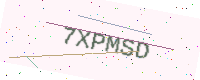
Text: 7XPMSD